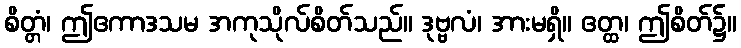
စိတ္တံ၊ ဤဧကာဒသမ အကုသိုလ်စိတ်သည်။ ဒုဗ္ဗလံ၊ အားမရှိ။ ဧတ္ထ၊ ဤစိတ်၌။